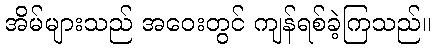
အိမ်များသည် အဝေးတွင် ကျန်ရစ်ခဲ့ကြသည်။